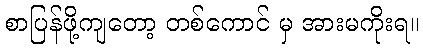
စာပြန်ဖို့ကျတော့ တစ်ကောင် မှ အားမကိုးရ။